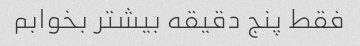
فقط پنج دقیقه بیشتر بخوابم